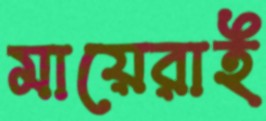
মায়েরাই